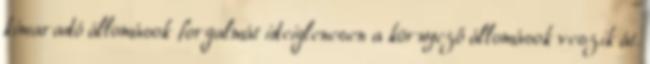
kimaradó állomások forgalmát ideiglenesen a környező állomások veszik át.